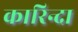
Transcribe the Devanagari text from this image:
कारिन्दा